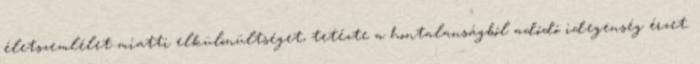
életszemlélet miatti elkülönültséget, tetézte a hontalanságból adódó idegenség érzet.